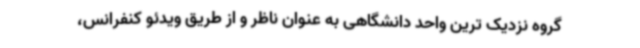
گروه نزدیک ترین واحد دانشگاهی به عنوان ناظر و از طریق ویدئو کنفرانس،